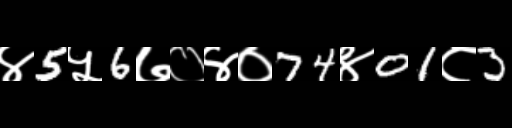
Text: ४5५6७०४०74४01८3